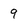
Character: 9